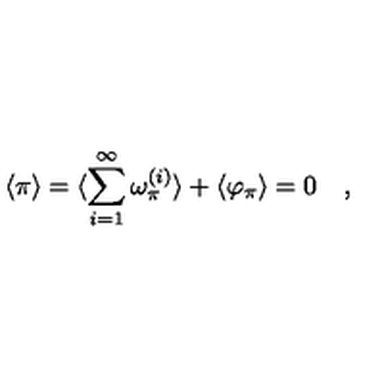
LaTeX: \langle \pi \rangle = \langle \sum _ { i = 1 } ^ { \infty } \omega _ { \pi } ^ { ( i ) } \rangle + \langle \varphi _ { \pi } \rangle = 0 \quad ,